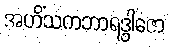
အဟိံသကဘာရဒွါဇော